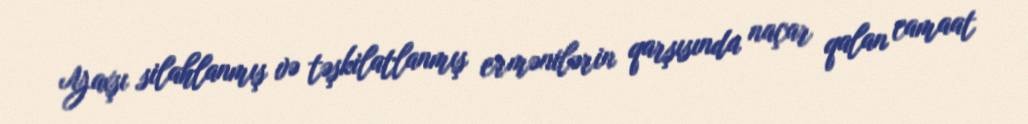
Yaxşı silahlanmış və təşkilatlanmış ermənilərin qarşısında naçar qalan camaat